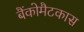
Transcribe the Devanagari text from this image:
बैंकोमैटकास